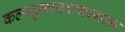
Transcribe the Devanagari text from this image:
कल्पद्रुमावदानमाला